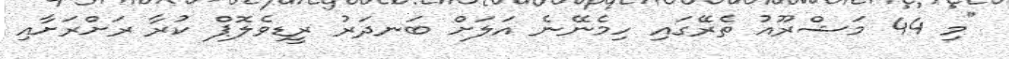
"މި 44 މަޝްރޫއު ތެރޭގައި ހިމެނޭނެ އަލަށް ބަނދަރު ރީޑިވެލޮޕް ކުރާ ރަށްރަށާއި